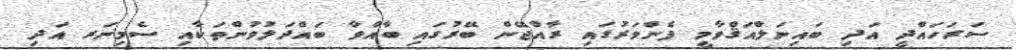
ސަރަހައްދީ އަދި ބައިނަލްއަޤްވާމީ ފެންވަރުގައި ރާއްޖޭން ބޭރުގައި ބާއްވާ ބައްދަލުވުންތަކާއި ސެމިނަރ އަދި